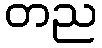
တည